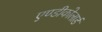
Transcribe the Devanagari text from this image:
एण्डीकोलार्ड